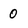
Character: 0